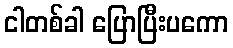
ငါတစ်ခါ ပြောပြီးပကော